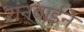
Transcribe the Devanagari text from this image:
रानबाईने